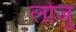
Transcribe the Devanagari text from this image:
लोंजु